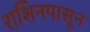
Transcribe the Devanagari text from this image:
राशिनपासून